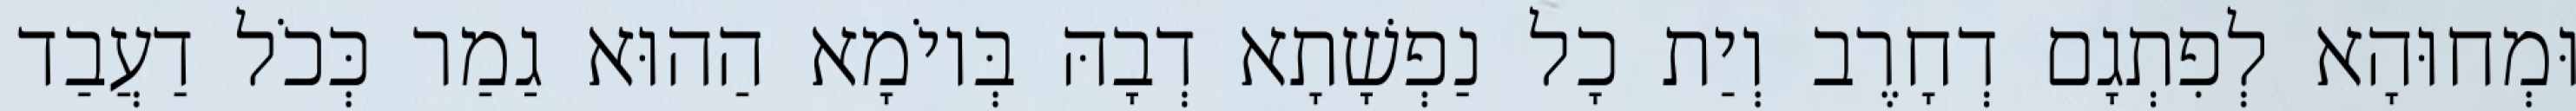
וּמְחוּהָא לְפִתְגָם דְחָרֶב וְיַת כָל נַפְשָׁתָא דְבָהּ בְּיוֹמָא הַהוּא גַמַר כְּכֹל דַעֲבַד